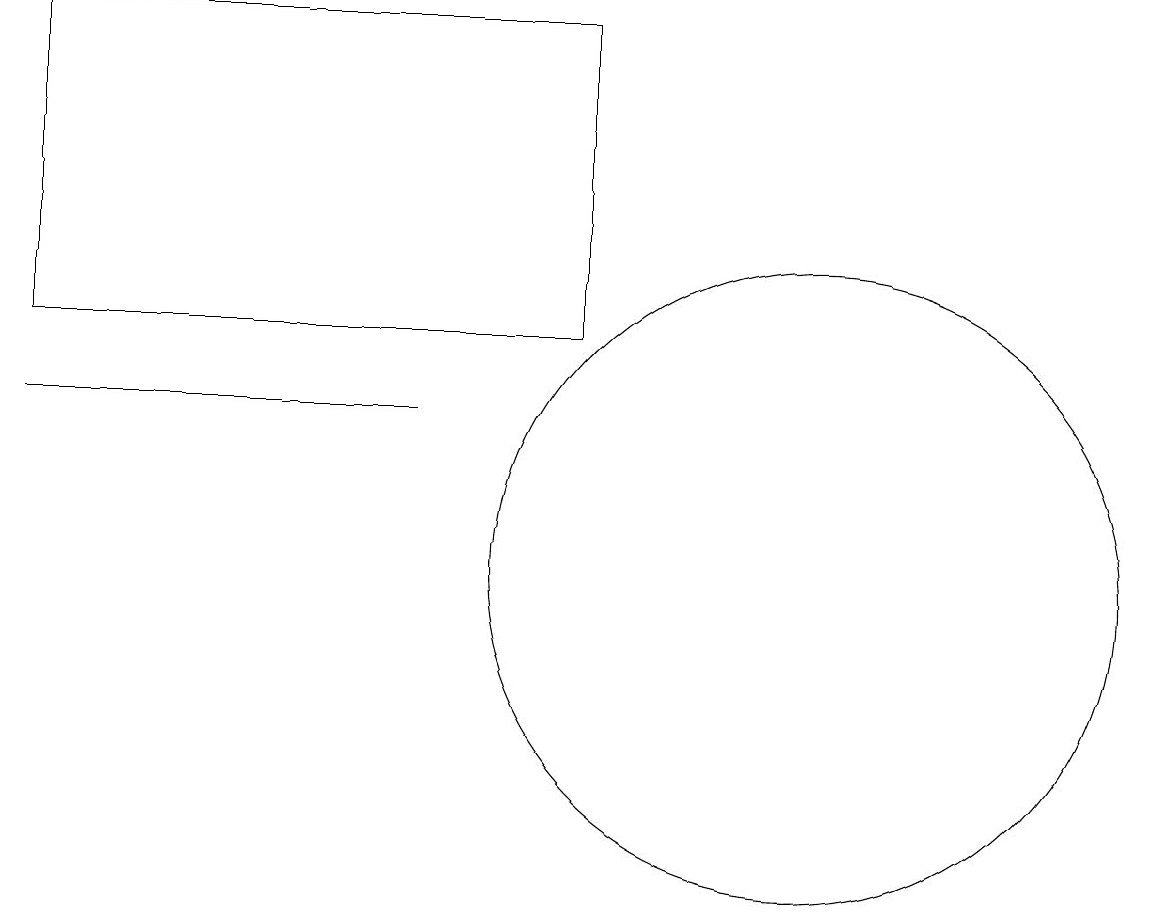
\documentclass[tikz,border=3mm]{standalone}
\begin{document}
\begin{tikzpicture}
\draw (12,11) circle (0);
\draw (10,11) circle (4);
\draw (5,13) rectangle (0,13);
\draw (0,18) rectangle (7,14);
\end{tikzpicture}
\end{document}